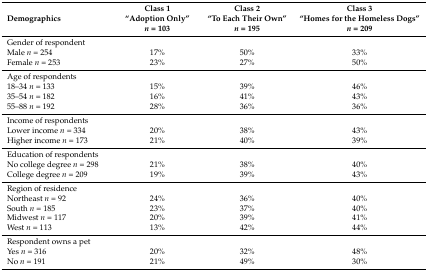
<table><thead><tr><td rowspan="3"><b>Demographics</b></td><td><b>Class 1</b></td><td><b>Class 2</b></td><td><b>Class 3</b></td></tr><tr><td><b>“Adoption Only”</b></td><td><b>“To Each Their Own”</b></td><td><b>“Homes for the Homeless Dogs”</b></td></tr><tr><td><b><i>n</i> = 103</b></td><td><b><i>n</i> = 195</b></td><td><b><i>n</i> = 209</b></td></tr></thead><tbody><tr><td colspan="4">Gender of respondent</td></tr><tr><td>Male <i>n</i> = 254</td><td>17%</td><td>50%</td><td>33%</td></tr><tr><td>Female <i>n</i> = 253</td><td>23%</td><td>27%</td><td>50%</td></tr><tr><td colspan="4">Age of respondents</td></tr><tr><td>18–34 <i>n</i> = 133</td><td>15%</td><td>39%</td><td>46%</td></tr><tr><td>35–54 <i>n</i> = 182</td><td>16%</td><td>41%</td><td>43%</td></tr><tr><td>55–88 <i>n</i> = 192</td><td>28%</td><td>36%</td><td>36%</td></tr><tr><td colspan="4">Income of respondents</td></tr><tr><td>Lower income <i>n</i> = 334</td><td>20%</td><td>38%</td><td>43%</td></tr><tr><td>Higher income <i>n</i> = 173</td><td>21%</td><td>40%</td><td>39%</td></tr><tr><td colspan="4">Education of respondents</td></tr><tr><td>No college degree <i>n</i> = 298</td><td>21%</td><td>38%</td><td>40%</td></tr><tr><td>College degree <i>n</i> = 209</td><td>19%</td><td>39%</td><td>43%</td></tr><tr><td colspan="4">Region of residence</td></tr><tr><td>Northeast <i>n</i> = 92</td><td>24%</td><td>36%</td><td>40%</td></tr><tr><td>South <i>n</i> = 185</td><td>23%</td><td>37%</td><td>40%</td></tr><tr><td>Midwest <i>n</i> = 117</td><td>20%</td><td>39%</td><td>41%</td></tr><tr><td>West <i>n</i> = 113</td><td>13%</td><td>42%</td><td>44%</td></tr><tr><td colspan="4">Respondent owns a pet</td></tr><tr><td>Yes <i>n</i> = 316</td><td>20%</td><td>32%</td><td>48%</td></tr><tr><td>No <i>n</i> = 191</td><td>21%</td><td>49%</td><td>30%</td></tr></tbody></table>